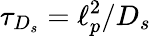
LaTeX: \tau_{D_{s}}=\ell_{p}^{2}/D_{s}